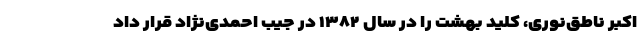
اکبر ناطق‌نوری، کلید بهشت را در سال ۱۳۸۲ در جیب احمدی‌نژاد قرار داد